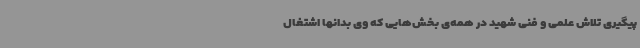
پیگیری تلاش علمی و فنی شهید در همه‌ی بخش‌هایی که وی بدانها اشتغال